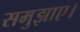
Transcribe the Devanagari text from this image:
समुझाए।